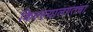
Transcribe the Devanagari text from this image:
किल्ल्यालगतचा